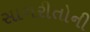
સાગરીતોની